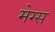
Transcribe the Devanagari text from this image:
मेग्स